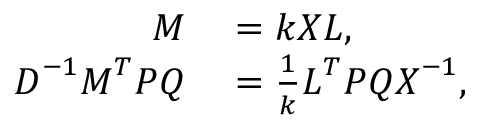
\begin{array} { r l } { \boldsymbol { M } } & { { } = k \boldsymbol { X } \boldsymbol { L } , } \\ { \boldsymbol { D } ^ { - 1 } \boldsymbol { M } ^ { T } \boldsymbol { P } \boldsymbol { Q } } & { { } = \frac { 1 } { k } \boldsymbol { L } ^ { T } \boldsymbol { P } \boldsymbol { Q } \boldsymbol { X } ^ { - 1 } , } \end{array}